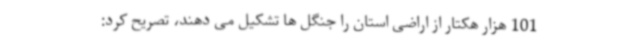
101 هزار هکتار از اراضی استان را جنگل ها تشکیل می دهند، تصریح کرد: